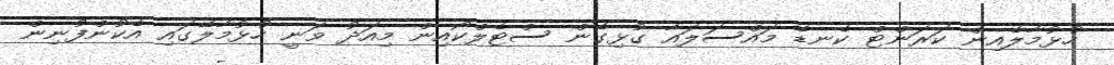
ހުޅުމާލެއިން ކަރަންޓް ކެނޑޭ މައްސަލައާ ގުޅިގެން ސްޓެލްކޯއިން މިއަދު ވަނީ ހުޅުމާލޭގައި އެކުންފުނިން